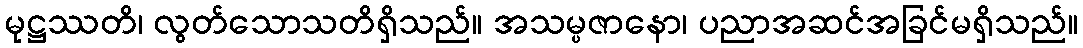
မုဋ္ဌဿတိ၊ လွတ်သောသတိရှိသည်။ အသမ္ပဇာနော၊ ပညာအဆင်အခြင်မရှိသည်။